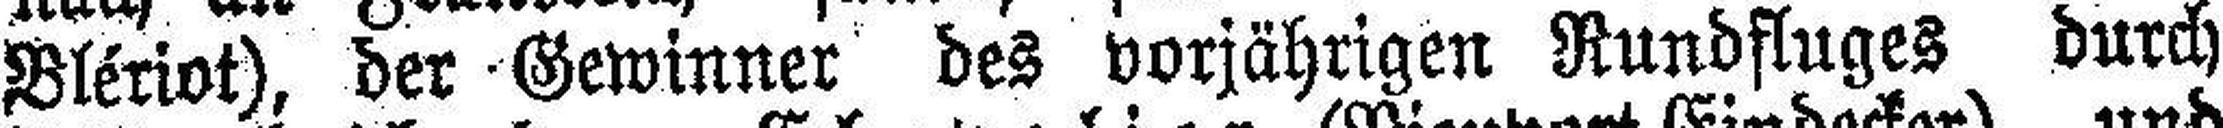
Blériot), der Gewinner des vorjährigen Rundfluges durch